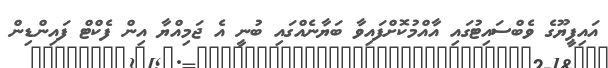
އައިޕީޔޫގެ ވެބްސައިޓުގައި އާއްމުކޮށްފައިވާ ބަޔާނެއްގައި ބުނީ އެ ޖަމިއްޔާ އިން ފެކްޓް ފައިންޑިން